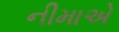
નીમાએ